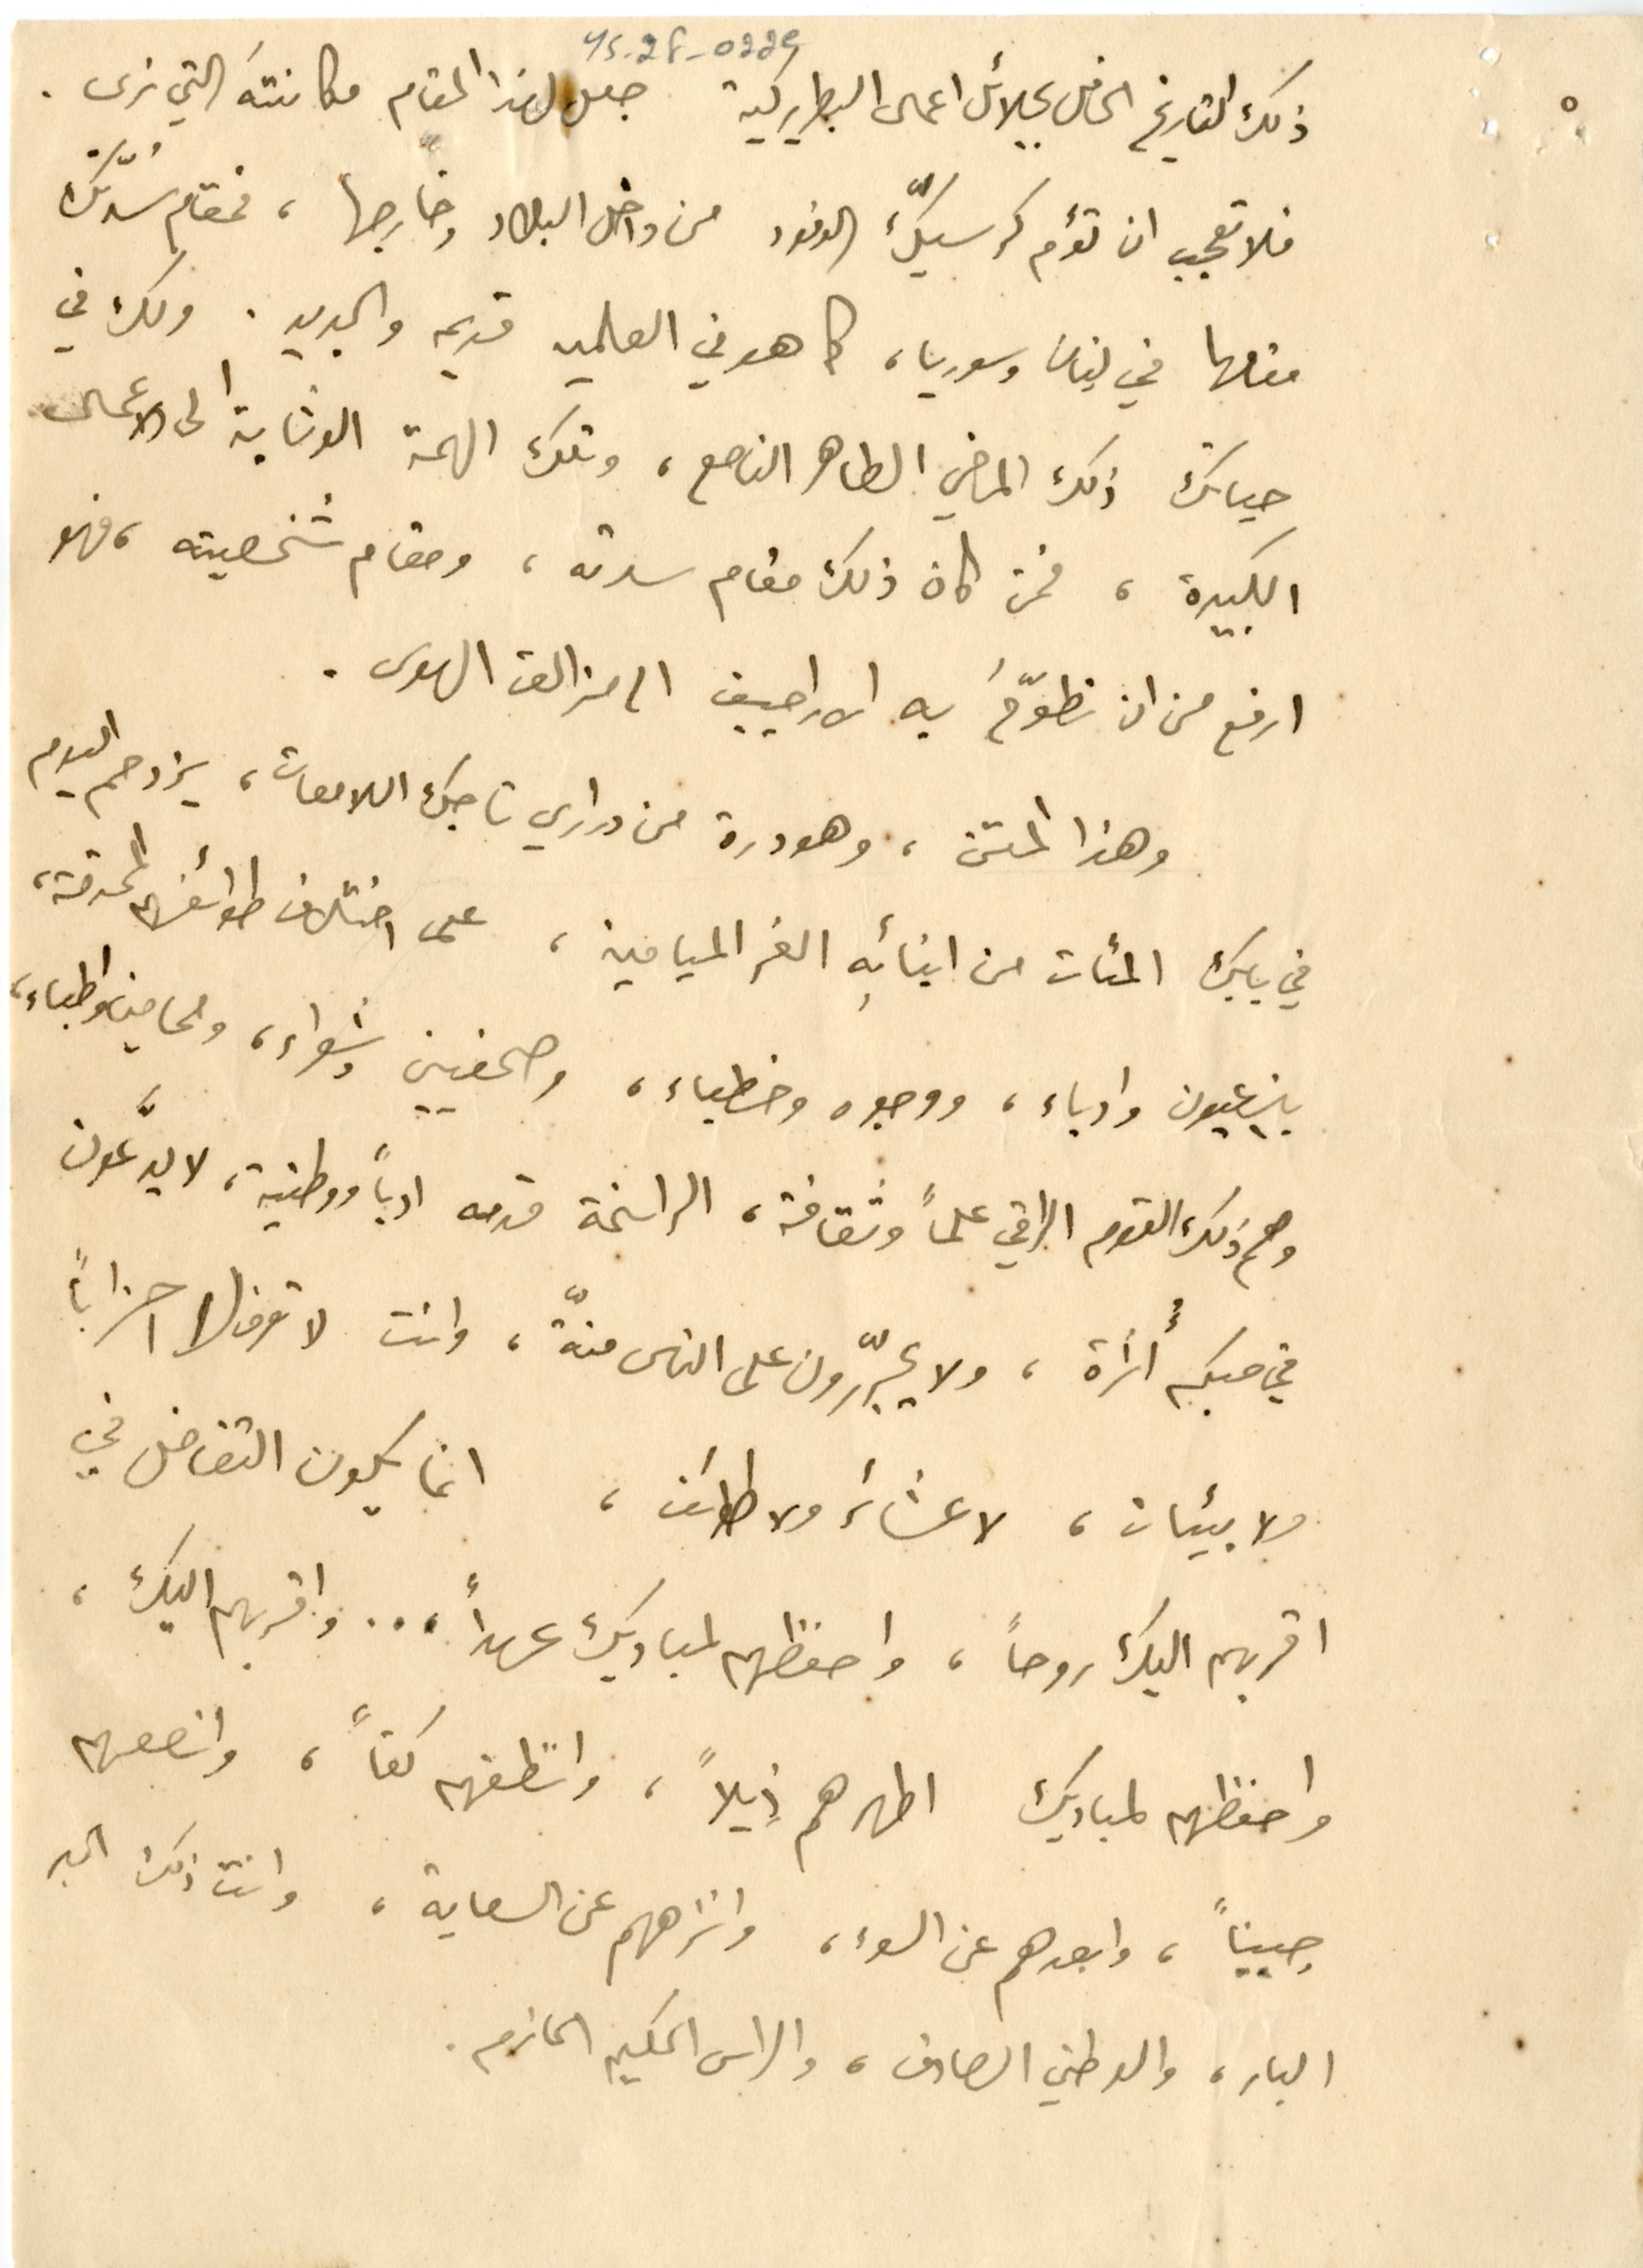
YS_2F_022e		٥
ذلك التاريخ الحافل بجلائد اعمال البطريركية جعل لهذا المقام مكانتَه التي نرى.
فلا تعجب ان تؤم كرسيك الوفود من داخل البلاد وخارجها، فمقام سُدّتكْ
مقامها في لبنان وسوريا، كما هو في العالمين قديم والجديد. ولك في
حياتك ذلك الماضي الطاهر الناصع، وتلك الهمة الوثابة الى الاعمال
الكبيرة، فمن كان ذلك مقام سدته، ومقام شخصيته، فهو
ارفع من ان تطوّحَ به الاراجيف الى مزالق الهوى.
وهذا المتن، وهو درة من دراري تاجك اللامعات، يزدحم اليوم
في بابك المئات من ابنائهِ الغر الميامين، على اختلاف طوائفهم المحترمة،
بين عيون وادباء، ووجوه وخطباء، وصحفيين وشعراء، ومحامين واطباء،
وهم ذلك القوم الراقي علماً وثقافة، الراسخة قدمه ادباً ووطنية، لا يدَّعون
في حبكم أُسرأة، ولا يجرّرون على الناس منّة، وانت لا تعرف لا احزاباً
ولا بيئات، لا عشائر ولا طوائف، انما يكون التفاضل في
اقربهم اليك روحاً، واحفظهم لمباديك عهداً ... واقربهم اليك،
واحفظهم لمباديك اطهرهم ذيلاً، وانظفهم كفاً، وانصعهم
جبيناً، وابعدهم عن السوء، وانزههم عن السعاية، وانت ذلك الحبر
البار، والوطني الصادق، والراس الحكيم الحازم.